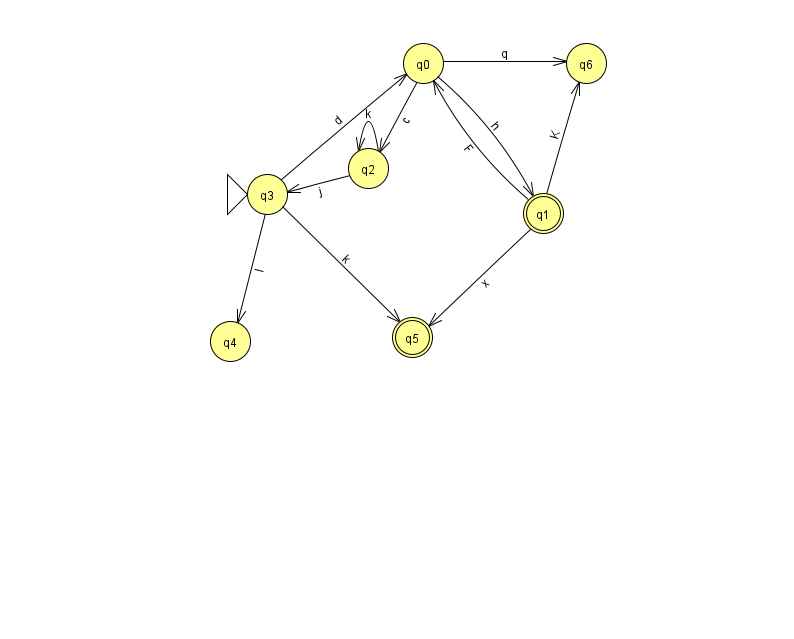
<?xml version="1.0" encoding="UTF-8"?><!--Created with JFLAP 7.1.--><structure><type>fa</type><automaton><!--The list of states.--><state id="0" name="q0"><x>423.0</x><y>50.0</y></state><state id="1" name="q1"><x>543.0</x><y>200.0</y><final/></state><state id="2" name="q2"><x>368.0</x><y>155.0</y></state><state id="3" name="q3"><x>267.0</x><y>181.0</y><initial/></state><state id="4" name="q4"><x>230.0</x><y>328.0</y></state><state id="5" name="q5"><x>412.0</x><y>324.0</y><final/></state><state id="6" name="q6"><x>586.0</x><y>50.0</y></state><!--The list of transitions.--><transition><from>0</from><to>1</to><read>h</read></transition><transition><from>2</from><to>3</to><read>j</read></transition><transition><from>3</from><to>0</to><read>d</read></transition><transition><from>1</from><to>6</to><read>K</read></transition><transition><from>0</from><to>6</to><read>q</read></transition><transition><from>1</from><to>5</to><read>x</read></transition><transition><from>0</from><to>2</to><read>c</read></transition><transition><from>2</from><to>2</to><read>k</read></transition><transition><from>3</from><to>4</to><read>I</read></transition><transition><from>3</from><to>5</to><read>k</read></transition><transition><from>1</from><to>0</to><read>F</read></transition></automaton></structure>